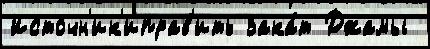
Источн'ик'иправ'ить зака́т Джамы